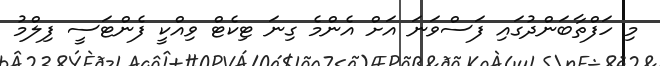
މި ހަފްތާބަންދުގައި ފަސްވަނަ އަށް އެންމެ ގިނަ ޓިކެޓް ވިއްކީ ފެންޓަސީ ފިލްމު